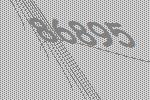
86895